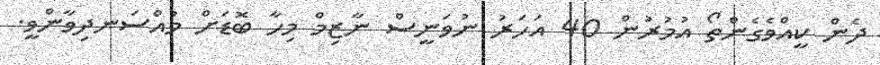
ދެން ކީއްވެގެންތޯ އުމުރުން 40 އަހަރު ނުވަނީސް ނާޒިމް މިހާ ބޮޑަށް މުއްސަނދިވާންވީ.